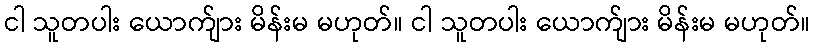
ငါ သူတပါး ယောက်ျား မိန်းမ မဟုတ်။ ငါ သူတပါး ယောက်ျား မိန်းမ မဟုတ်။